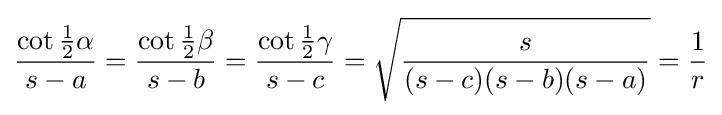
{\frac {\cot {\tfrac {1}{2}}\alpha }{s-a}}={\frac {\cot {\tfrac {1}{2}}\beta }{s-b}}={\frac {\cot {\tfrac {1}{2}}\gamma }{s-c}}={\sqrt {\frac {s{\vphantom {)}}}{(s-c)(s-b)(s-a)}}}={\frac {1}{r}}